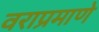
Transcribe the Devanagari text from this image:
वराप्रमाणे